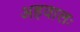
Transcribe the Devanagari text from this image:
अहवालः